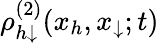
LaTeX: \rho_{h\downarrow}^{(2)}(x_{h},x_{\downarrow};t)